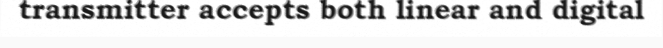
transmitter accepts both linear and digital